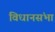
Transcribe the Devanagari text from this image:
विधानसंभा